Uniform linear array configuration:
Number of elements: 12
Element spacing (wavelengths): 0.75
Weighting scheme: kaiser
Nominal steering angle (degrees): -30
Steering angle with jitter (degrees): -29.998
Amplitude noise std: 0.05
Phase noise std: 0.05

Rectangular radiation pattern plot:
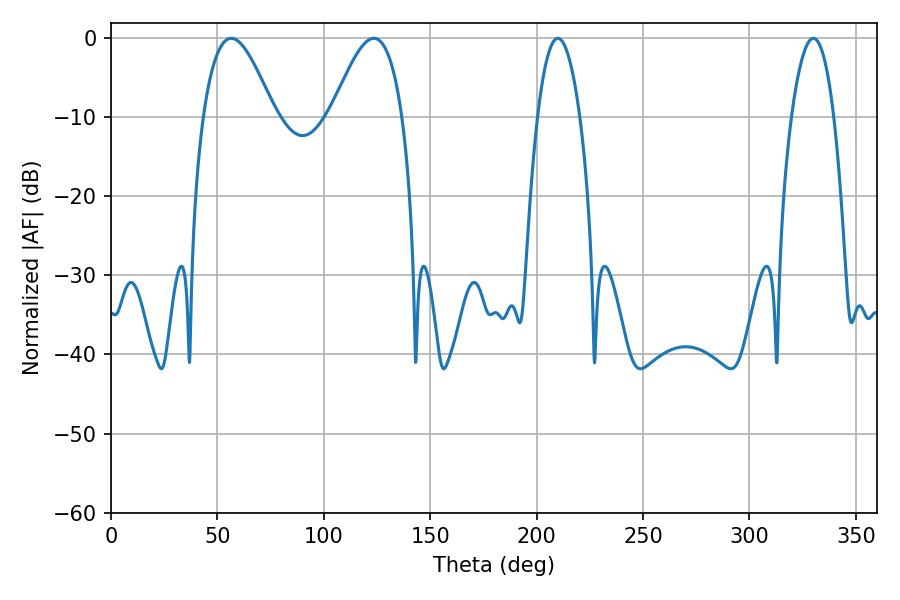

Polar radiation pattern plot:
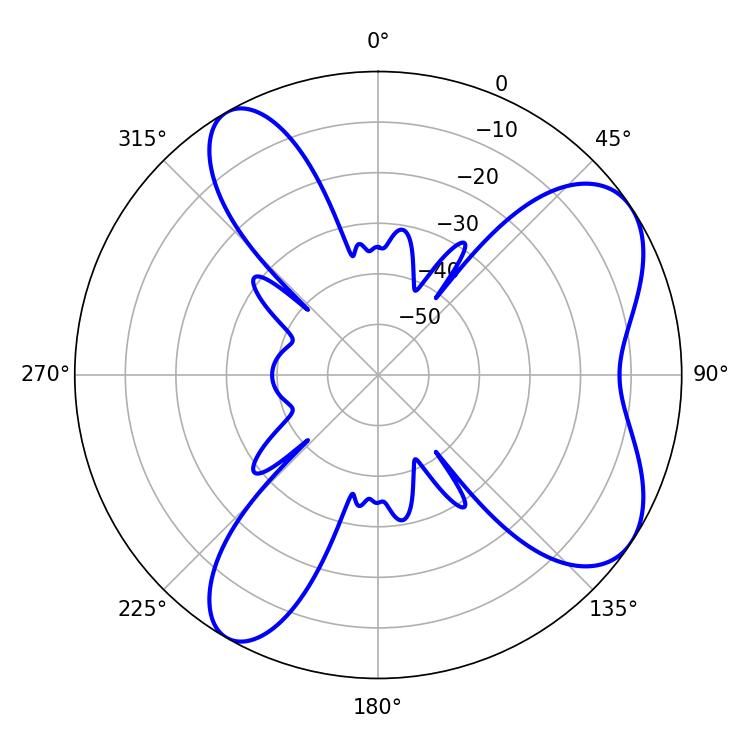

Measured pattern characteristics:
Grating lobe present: TRUE
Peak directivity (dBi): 7.024
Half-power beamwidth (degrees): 18
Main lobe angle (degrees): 56.52